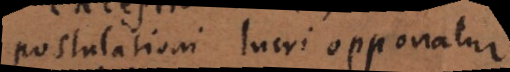
postulationi lucri opponatur